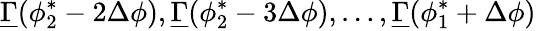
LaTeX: \underline{{\Gamma}}(\phi_{2}^{*}-2\Delta\phi),\underline{{\Gamma}}(\phi_{2}^{*}-3\Delta\phi),\dots,\underline{{\Gamma}}(\phi_{1}^{*}+\Delta\phi)